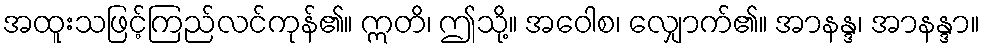
အထူးသဖြင့်ကြည်လင်ကုန်၏။ ဣတိ၊ ဤသို့။ အဝေါစ၊ လျှောက်၏။ အာနန္ဒ၊ အာနန္ဒာ။